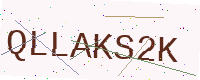
Text: QLLAKS2K